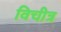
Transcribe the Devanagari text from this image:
विचीत्र